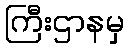
ကြီးဌာနမှ